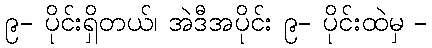
၉- ပိုင်းရှိတယ်၊ အဲဒီအပိုင်း ၉- ပိုင်းထဲမှ -